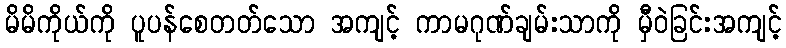
မိမိကိုယ်ကို ပူပန်စေတတ်သော အကျင့် ကာမဂုဏ်ချမ်းသာကို မှီဝဲခြင်းအကျင့်